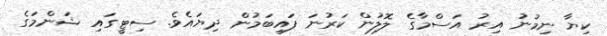
ކިޔާ ނިމުނު އިރު އަސްމާގެ ލޮލުން ކަރުނަ ފައިބަމުން ދިޔައެވެ. ސިޓީގައި ޝަންމަގެ